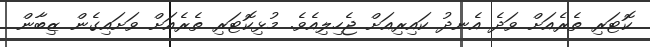
ކޮޓަރި ތެރެއަށް ވަދެ އެނދު ކައިރިއަށް ޖެހިލިއެވެ. މުޅިކޮޓަރި ތެރެއަށް ވަށައިގެން ޒިބާން